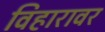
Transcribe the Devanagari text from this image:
विहारावर